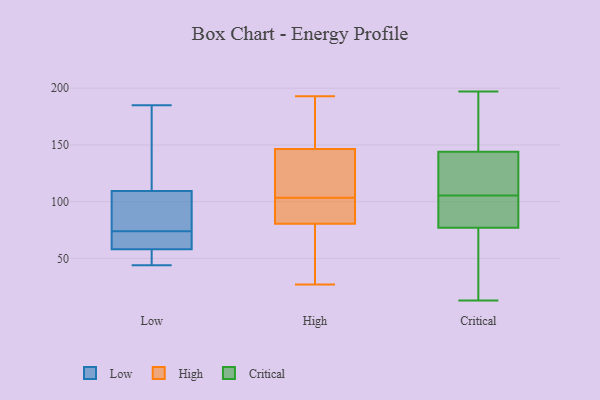
{"axis": {"x": "Gross Profit (USD K)", "y": "Value"}, "legend": ["Critical", "High", "Low"], "data": [{"x": "", "y": 103, "type": "Low"}, {"x": "", "y": 73, "type": "Low"}, {"x": "", "y": 162, "type": "Low"}, {"x": "", "y": 123, "type": "Low"}, {"x": "", "y": 74, "type": "Low"}, {"x": "", "y": 44, "type": "Low"}, {"x": "", "y": 59, "type": "Low"}, {"x": "", "y": 185, "type": "Low"}, {"x": "", "y": 55, "type": "Low"}, {"x": "", "y": 85, "type": "Low"}, {"x": "", "y": 59, "type": "Low"}, {"x": "", "y": 55, "type": "Low"}, {"x": "", "y": 105, "type": "Low"}, {"x": "", "y": 80, "type": "High"}, {"x": "", "y": 160, "type": "High"}, {"x": "", "y": 133, "type": "High"}, {"x": "", "y": 47, "type": "High"}, {"x": "", "y": 110, "type": "High"}, {"x": "", "y": 193, "type": "High"}, {"x": "", "y": 97, "type": "High"}, {"x": "", "y": 86, "type": "High"}, {"x": "", "y": 180, "type": "High"}, {"x": "", "y": 101, "type": "High"}, {"x": "", "y": 106, "type": "High"}, {"x": "", "y": 118, "type": "High"}, {"x": "", "y": 68, "type": "High"}, {"x": "", "y": 120, "type": "High"}, {"x": "", "y": 95, "type": "High"}, {"x": "", "y": 28, "type": "High"}, {"x": "", "y": 169, "type": "High"}, {"x": "", "y": 27, "type": "High"}, {"x": "", "y": 176, "type": "High"}, {"x": "", "y": 81, "type": "High"}, {"x": "", "y": 158, "type": "Critical"}, {"x": "", "y": 144, "type": "Critical"}, {"x": "", "y": 15, "type": "Critical"}, {"x": "", "y": 114, "type": "Critical"}, {"x": "", "y": 158, "type": "Critical"}, {"x": "", "y": 32, "type": "Critical"}, {"x": "", "y": 98, "type": "Critical"}, {"x": "", "y": 86, "type": "Critical"}, {"x": "", "y": 125, "type": "Critical"}, {"x": "", "y": 131, "type": "Critical"}, {"x": "", "y": 192, "type": "Critical"}, {"x": "", "y": 101, "type": "Critical"}, {"x": "", "y": 110, "type": "Critical"}, {"x": "", "y": 23, "type": "Critical"}, {"x": "", "y": 197, "type": "Critical"}, {"x": "", "y": 13, "type": "Critical"}, {"x": "", "y": 77, "type": "Critical"}, {"x": "", "y": 96, "type": "Critical"}]}